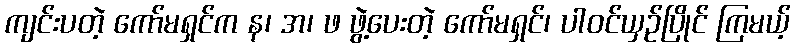
ကျင်းပတဲ့ ကော်မရှင်က န၊ အ၊ ဖ ဖွဲ့ပေးတဲ့ ကော်မရှင်၊ ပါဝင်ယှဉ်ပြိုင် ကြမယ့်